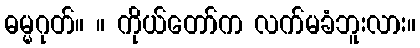
ဓမ္မဂုတ်။ ။ ကိုယ်တော်က လက်မခံဘူးလား။